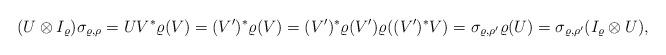
LaTeX: \begin{align*}(U \otimes I_\varrho)\sigma_{\varrho, \rho}=UV^*\varrho(V)=(V')^*\varrho(V)=(V')^*\varrho(V')\varrho((V')^*V)=\sigma_{\varrho, \rho'} \varrho(U)=\sigma_{\varrho, \rho'} (I_\varrho \otimes U),\end{align*}